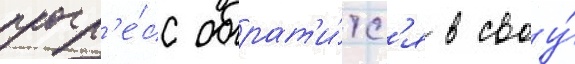
прогр'е́сс обрат'и́тс'я в своу́